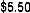
$5.50